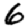
Digit: 6